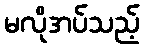
မလိုအပ်သည့်